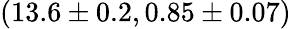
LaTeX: (13.6\pm 0.2,0.85\pm 0.07)